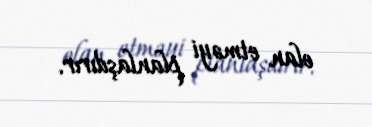
elan etməyi planlaşdırır.